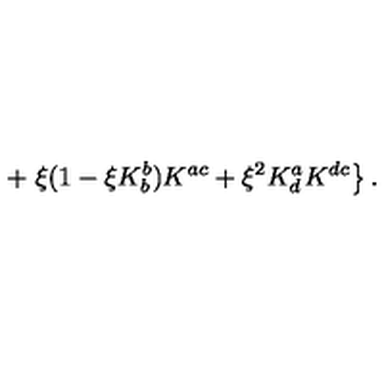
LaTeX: + \left. \xi ( 1 - \xi K _ { b } ^ { b } ) K ^ { a c } + \xi ^ { 2 } K _ { d } ^ { a } K ^ { d c } \right\} .